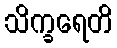
သိက္ခရေတိ